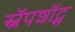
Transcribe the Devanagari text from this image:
स्नॅपशॉट्स